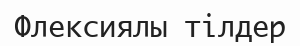
Флексиялы тілдер